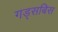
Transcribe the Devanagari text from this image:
गड्सबिस